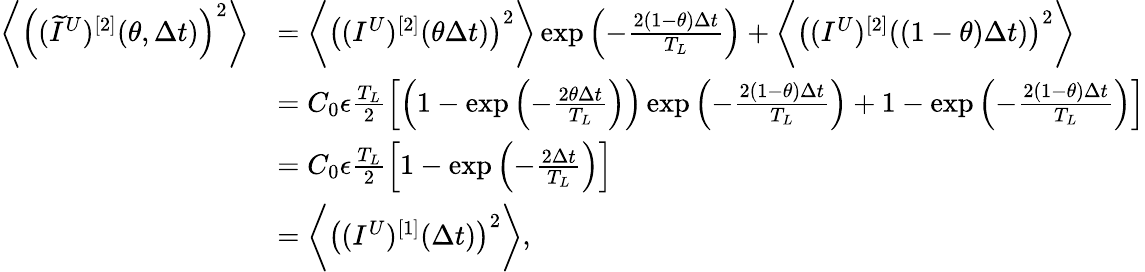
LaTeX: \begin{array}{rl}{\bigg\langle\left((\widetilde{I}^{U})^{[2]}(\theta,\Delta t)\right)^{2}\bigg\rangle}&{=\bigg\langle\left((I^{U})^{[2]}(\theta\Delta t)\right)^{2}\bigg\rangle\exp\left(-\frac{2(1-\theta)\Delta t}{T_{L}}\right)+\bigg\langle\left((I^{U})^{[2]}((1-\theta)\Delta t)\right)^{2}\bigg\rangle}\\ &{=C_{0}\epsilon\frac{T_{L}}{2}\left[\left(1-\exp\left(-\frac{2\theta\Delta t}{T_{L}}\right)\right)\exp\left(-\frac{2(1-\theta)\Delta t}{T_{L}}\right)+1-\exp\left(-\frac{2(1-\theta)\Delta t}{T_{L}}\right)\right]}\\ &{=C_{0}\epsilon\frac{T_{L}}{2}\left[1-\exp\left(-\frac{2\Delta t}{T_{L}}\right)\right]}\\ &{=\bigg\langle\left((I^{U})^{[1]}(\Delta t)\right)^{2}\bigg\rangle,}\end{array}